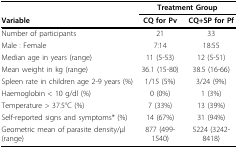
|  | <COLSPAN=2> Treatment Group |
 | Variable | CQ for Pv | CQ+SP for Pf |
 | --- | --- | --- |
 | Number of participants | 21 | 33 |
 | Male : Female | 7:14 | 18:55 |
 | Median age in years (range) | 11 (5-53) | 12 (5-51) |
 | Mean weight in kg (range) | 36.1 (15-80) | 38.5 (16-66) |
 | Spleen rate in children age 2-9 years (%) | 1/15 (5%) | 3/24 (9%) |
 | Haemoglobin < 10 g/dl (%) | 0 (0%) | 1 (3%) |
 | Temperature > 37.5°C (%) | 7 (33%) | 13 (39%) |
 | Self-reported signs and symptoms* (%) | 14 (67%) | 31 (94%) |
 | Geometric mean of parasite density/μl (range) | 877 (499-1540) | 5224 (3242-8418) |